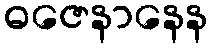
ဓဇေနာနေန